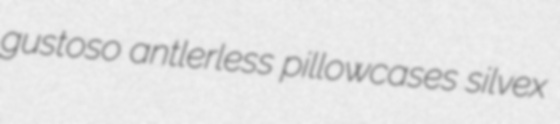
gustoso antlerless pillowcases silvex